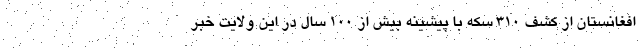
افغانستان از کشف ۳۱۰ سکه با پیشینه بیش از ۱۰۰ سال در این ولایت خبر